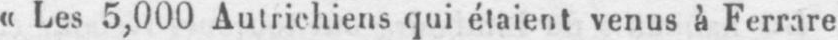
«Les 5,000 Autrichiens qui étaient venus à Ferrare